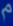
م